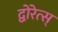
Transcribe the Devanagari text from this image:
द्वोरेत्स्